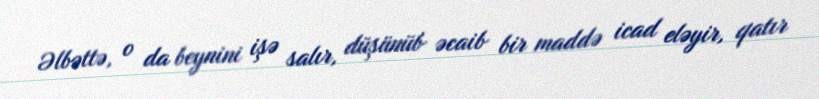
Əlbəttə, o da beynini işə salır, düşünüb əcaib bir maddə icad eləyir, qatır